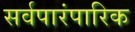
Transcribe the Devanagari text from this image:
सर्वपारंपारिक